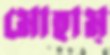
মোহাম্